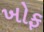
ખોફ